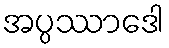
အပ္ပဿာဒေါ